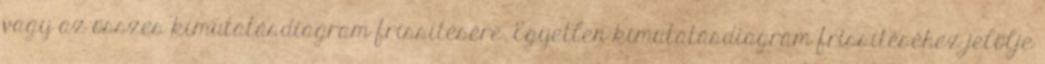
vagy az összes kimutatásdiagram frissítésére. Egyetlen kimutatásdiagram frissítéséhez jelölje